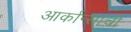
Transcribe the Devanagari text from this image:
आर्कान्साची